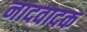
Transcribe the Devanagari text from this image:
नादवादक